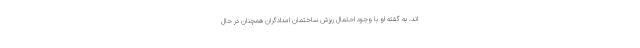
اند. به گفته او با وجود احتمال ریزش ساختمان امدادگران همچنان در حال